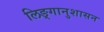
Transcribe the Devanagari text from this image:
लिङ्गानुशासन